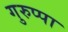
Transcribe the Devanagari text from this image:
गुरुप्पा